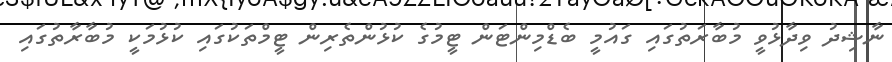
ނާޝިދު ވިދާޅުވީ މުބާރަތުގައި ގައުމީ ބެޑްމިންޓަން ޓީމުގެ ކުޅުންތެރިން ޓީމްތަކުގައި ކުޅުމަކީ މުބާރާތުގައި